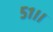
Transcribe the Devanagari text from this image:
५१।।